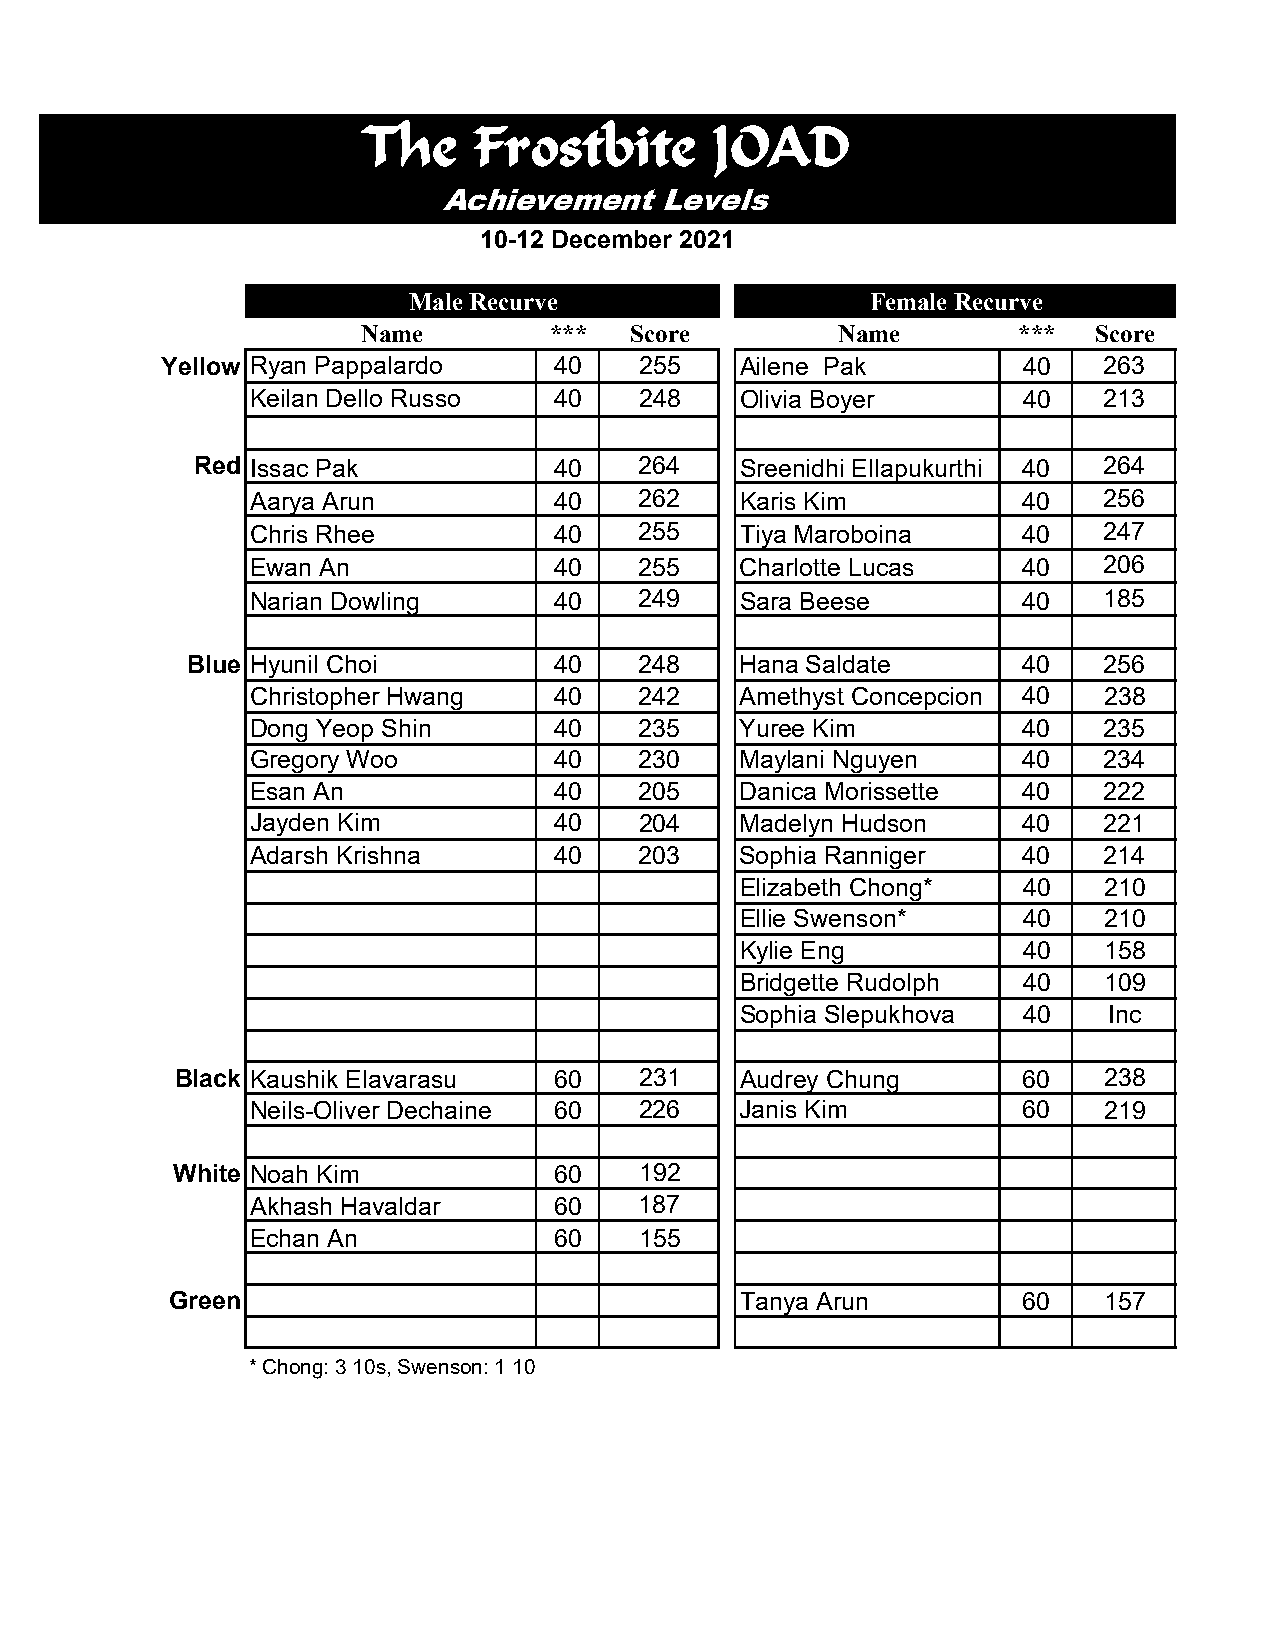
The    Frostbite       JOAD
 Achievement    Levels
 10-12 December 2021
 Male Recurve                   Female Recurve
 Name        ***   Score        Name        ***  Score
 Yellow Ryan Pappalardo    40   255    Ailene Pak         40   263
 Keilan Dello Russo  40   248    Olivia Boyer       40   213
 Red Issac Pak           40   264    Sreenidhi Ellapukurthi 40 264
 Aarya Arun          40   262    Karis Kim          40   256
 Chris Rhee          40   255    Tiya Maroboina     40   247
 Ewan An             40   255    Charlotte Lucas    40   206
 Narian Dowling      40   249    Sara Beese         40   185
 Blue Hyunil Choi         40   248    Hana Saldate       40   256
 Christopher Hwang   40   242    Amethyst Concepcion 40  238
 Dong Yeop Shin      40   235    Yuree Kim          40   235
 Gregory Woo         40   230    Maylani Nguyen     40   234
 Esan An             40   205    Danica Morissette  40   222
 Jayden Kim          40   204    Madelyn Hudson     40   221
 Adarsh Krishna      40   203    Sophia Ranniger    40   214
 Elizabeth Chong*   40   210
 Ellie Swenson*     40   210
 Kylie Eng          40   158
 Bridgette Rudolph  40   109
 Sophia Slepukhova  40   Inc
 Black Kaushik Elavarasu  60   231    Audrey Chung       60   238
 Neils-Oliver Dechaine 60 226    Janis Kim          60   219
 White Noah Kim            60   192
 Akhash Havaldar     60   187
 Echan An            60   155
 Green                                 Tanya Arun         60   157
 * Chong: 3 10s, Swenson: 1 10